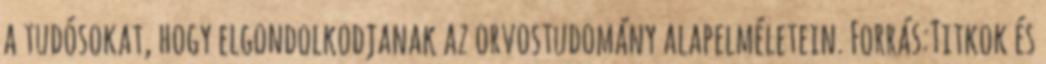
a tudósokat, hogy elgondolkodjanak az orvostudomány alapelméletein. Forrás:Titkok és